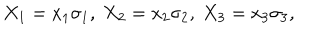
X _ { 1 } = x _ { 1 } \sigma _ { 1 } , ~ X _ { 2 } = x _ { 2 } \sigma _ { 2 } , ~ X _ { 3 } = x _ { 3 } \sigma _ { 3 } ,